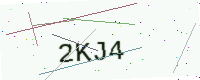
Text: 2KJ4